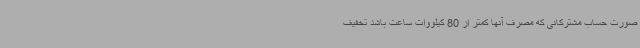
صورت حساب مشترکانی که مصرف آنها کمتر از 80 کیلووات ساعت باشد تخفیف